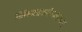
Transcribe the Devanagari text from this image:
सिध्दरामेश्वराच्या